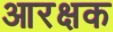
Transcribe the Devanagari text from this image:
आरक्षक